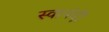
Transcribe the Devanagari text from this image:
स्वानंदीं